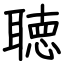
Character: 聴